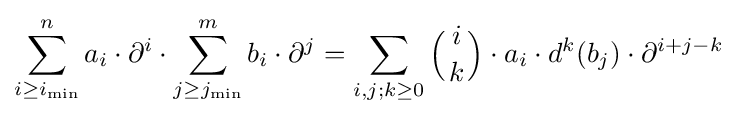
\sum _{i\geq i_{\min }}^{n}a_{i}\cdot \partial ^{i}\cdot \sum _{j\geq j_{\min }}^{m}b_{i}\cdot \partial ^{j}=\sum _{i,j;k\geq 0}{\Bigl (}{i \atop k}{\Bigr )}\cdot a_{i}\cdot d^{k}(b_{j})\cdot \partial ^{i+j-k}